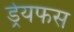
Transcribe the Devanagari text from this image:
ड्रेयफस